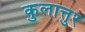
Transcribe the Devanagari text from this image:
कुलात्तुर